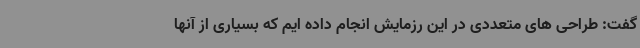
گفت: طراحی های متعددی در این رزمایش انجام داده ایم که بسیاری از آنها